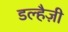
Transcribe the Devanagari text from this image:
डल्हैज़ी